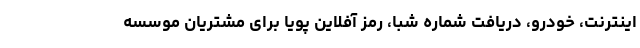
اینترنت، خودرو، دریافت شماره شبا، رمز آفلاین پویا برای مشتریان موسسه